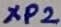
Text: XP2